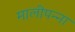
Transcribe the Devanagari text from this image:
मालीपन्‍ना